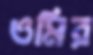
ওমির